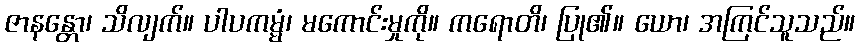
ဇာနန္တော၊ သိလျက်။ ပါပကမ္မံ၊ မကောင်းမှုကို။ ကရောတိ၊ ပြု၏။ ယော၊ အကြင်သူသည်။